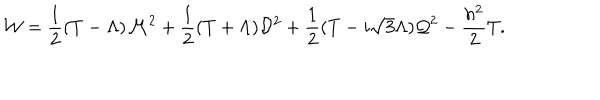
LaTeX: { \cal W } = { \frac { 1 } { 2 } } ( T - \Lambda ) { \cal M } ^ { 2 } + { \frac { 1 } { 2 } } ( T + \Lambda ) { \cal D } ^ { 2 } + { \frac { 1 } { 2 } } ( T - i \sqrt { 3 } \Lambda ) { \cal Q } ^ { 2 } - { \frac { h ^ { 2 } } { 2 } } T .